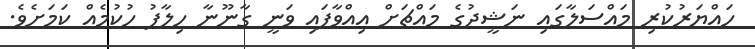
ހައްޔަރުކުރި މައްސަލާގައި ނަޝީދުގެ މައްޗަށް އިއްވާފައި ވަނީ ގާނޫނާ ހިލާފު ހުކުމެއް ކަމަށެވެ.